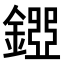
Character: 𨪐